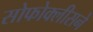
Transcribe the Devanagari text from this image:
सोफोक्लीसने